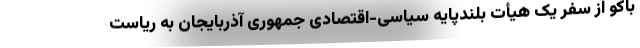
باکو از سفر یک هیأت بلندپایه سیاسی-اقتصادی جمهوری آذربایجان به ریاست